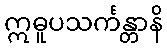
ဣဓူပသင်္ကန္တာနိ